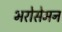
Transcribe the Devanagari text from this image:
भरोसेमन